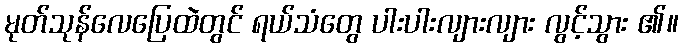
မုတ်သုန်လေပြေထဲတွင် ရယ်သံတွေ ပါးပါးလျားလျား လွင့်သွား ၏။